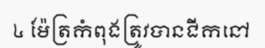
៤ ម៉ែត្រកំពុងត្រូវបានជីកនៅ